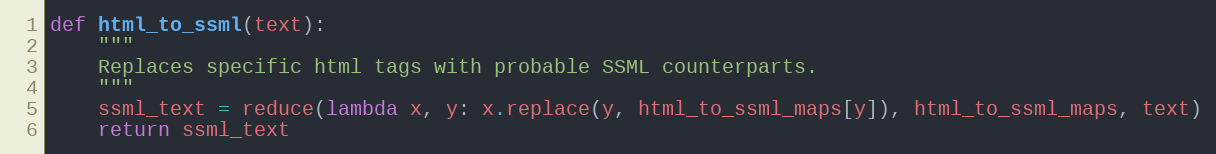
Language: Python
def html_to_ssml(text):
    """
    Replaces specific html tags with probable SSML counterparts.
    """
    ssml_text = reduce(lambda x, y: x.replace(y, html_to_ssml_maps[y]), html_to_ssml_maps, text)
    return ssml_text